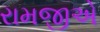
રામજીએ